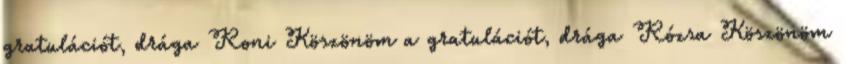
gratulációt, drága Roni Köszönöm a gratulációt, drága Rózsa Köszönöm